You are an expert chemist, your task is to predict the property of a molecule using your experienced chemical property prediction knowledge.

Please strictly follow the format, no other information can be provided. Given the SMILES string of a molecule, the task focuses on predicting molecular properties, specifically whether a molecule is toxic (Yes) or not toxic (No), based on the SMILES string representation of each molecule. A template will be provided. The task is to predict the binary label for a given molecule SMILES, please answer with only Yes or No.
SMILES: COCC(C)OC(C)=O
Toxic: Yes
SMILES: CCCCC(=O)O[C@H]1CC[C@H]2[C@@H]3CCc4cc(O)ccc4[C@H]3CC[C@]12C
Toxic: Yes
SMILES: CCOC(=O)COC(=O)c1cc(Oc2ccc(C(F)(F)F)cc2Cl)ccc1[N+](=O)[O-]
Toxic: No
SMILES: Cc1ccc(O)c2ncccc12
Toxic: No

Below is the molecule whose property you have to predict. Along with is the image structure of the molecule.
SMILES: CCCCC(C#N)(Cn1cncn1)c1ccc(Cl)cc1
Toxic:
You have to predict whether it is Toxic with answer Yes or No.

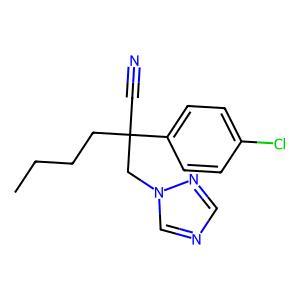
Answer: No